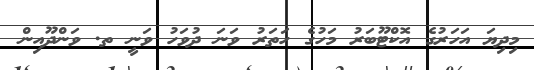
މިދިޔަ އަހަރުގެ އޮކްޓޫބަރު މަހުގެ ހަތަރު ވަނަ ދުވަހު ވަނީ ތ. ވަންދޫއިން